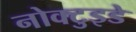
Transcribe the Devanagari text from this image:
नोक्टुइडे